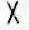
QTY(S) : 2